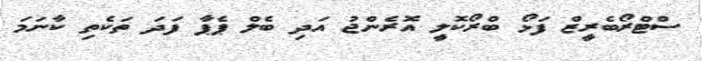
ސްޓްރޯބެރީޒް ފަޅޯ ބްރޯކޮލީ އޮރެންޖު އަދި ބެލް ޕެޕާ ފަދަ ތަކެތި ކާނަމަ